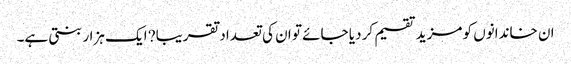
ان خاندانوں کو مزید تقسیم کر دیا جائے تو ان کی تعداد تقریبا? ایک ہزار بنتی ہے۔